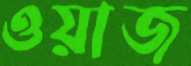
ওয়াজ